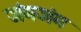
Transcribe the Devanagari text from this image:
जंगजंग